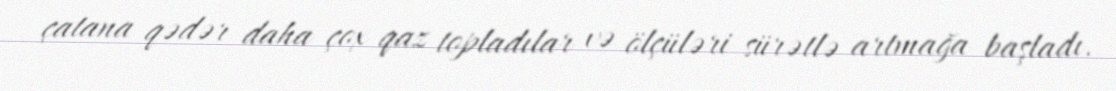
çatana qədər daha çox qaz topladılar və ölçüləri sürətlə artmağa başladı.